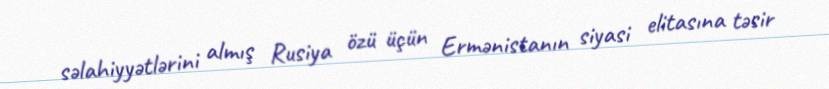
səlahiyyətlərini almış Rusiya özü üçün Ermənistanın siyasi elitasına təsir